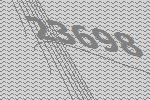
23698